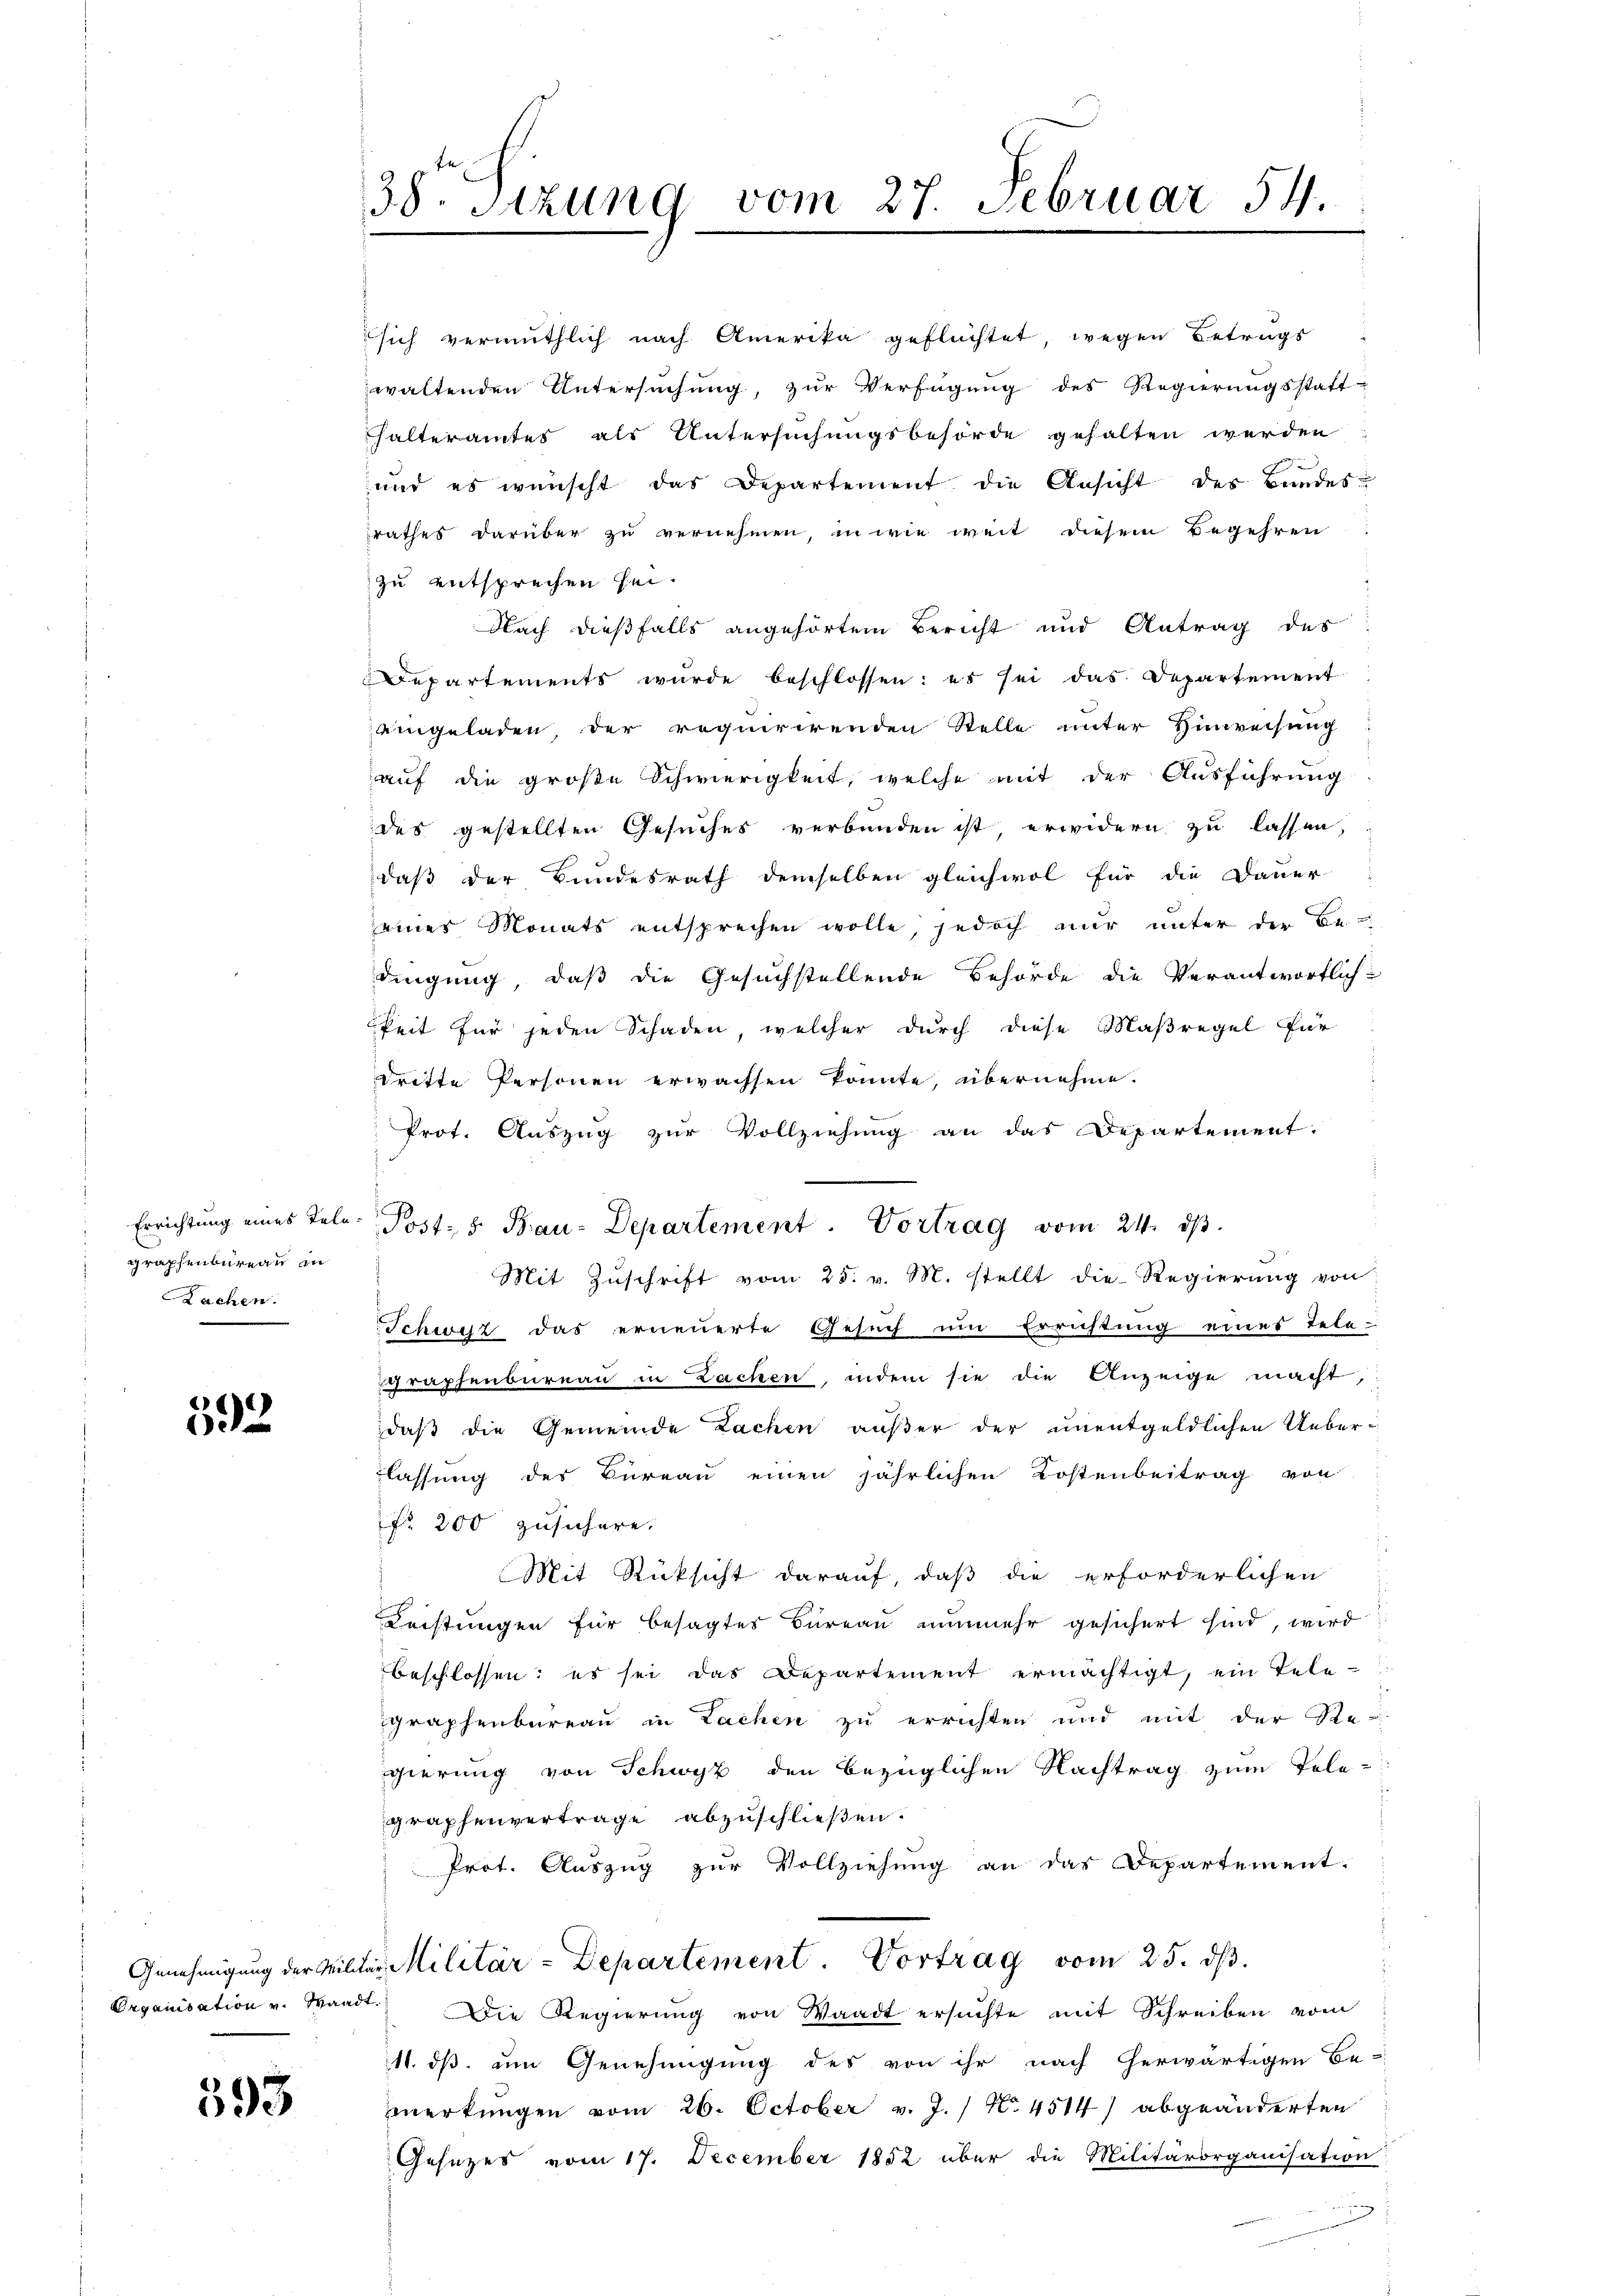
Errichtung eines Telegraphenbureau in
Sachen.

592

393

38. Sitzung vom 27. Februar 54.

sich vermuthlich nach Amerika geflüchtet, wegen Betrugs
waltenden Untersuchung, zur Verfügung des Regierungsstatt-
halteramtes als Untersuchungsbehörde gehalten werden:
und es wünscht das Departement die Ansicht des Bundes-
rathes darüber zu vernehmen, in wie weit diesem Begehren
zu entsprechen sei.
Nach dießfalls angehörtem Bericht und Antrag des
Departements wurde beschlossen: es sei das Departement
eingeladen, der requirirenden Stelle unter Hinweisung
auf die große Schwierigkeit, welche mit der Ausführung
des gestellten Gesuches verbunden ist, erwidern zu lassen,
daß der Bundesrath demselben gleichwol für die Dauer-
eines Monats entsprechen wolle, jedoch nur unter der Be-
dingung, daß die Gesuchstellende Behörde die Verantwortlich-
keit für jeden Schaden, welcher durch diese Maßregel für
dritte Personen erwachsen könnte, übernehme.
Prot. Auszug zur Vollziehung an das Departement.
.
Mit Zŭschrift vom 25. v. M. stellt die Regierŭng von
Schwyz das erneuerte Gesuch um Errichtung eines Tele-
graphenbureau in Lachen, indem sie die Anzeige macht,
daß die Gemeinde Lachen außer der unentgeldlichen Ueberlassung des Bureau einen jährlichen Kostenbeitrag von
fr 200 zusichere.
Mit Rücksicht darauf, daß die erforderlichen
Leistungen für besagtes Büreau nunmehr gesichert sind, wird
beschlossen; es sei das Departement ermächtigt, ein Telegraphenbureau in Lachen zu errichten und mit der Re-
gierung von Schwyz den bezüglichen Nachtrag zum Tele-
graphenvertrage abzuschließen.
Prot. Auszug zur Vollziehung an das Departement.
Genehmigung der Militar Militär-Departement. Vortrag vom 25. ds.
Organisation u. Waadt. Die Regierŭng von Waadt ersŭchte mit Schreiben vom
11. ds um Genehmigung des von ihr nach herwärtigen Be-
zmerkungen vom 26. October v. J. / N. 4514) abgeänderten
Gesezes vom 17. December 1852 über die Militärorganisation

Tost: 5. Bau-Departement. Vortrag vom 24. dβ.